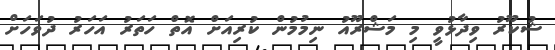
ޝުކޫރު ވިދާޅުވީ މި މަޝްރޫއު ނިމުމުން ކުރިއަށް އޮތް ހަތަރު އަހަރު ދުވަހަށް